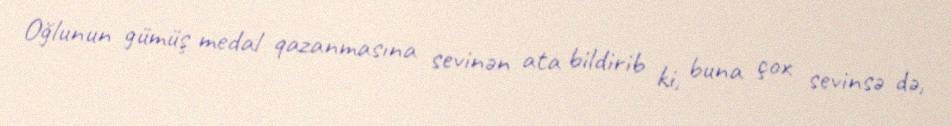
Oğlunun gümüş medal qazanmasına sevinən ata bildirib ki, buna çox sevinsə də,